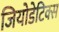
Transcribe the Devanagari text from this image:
जियोडेटिक्स